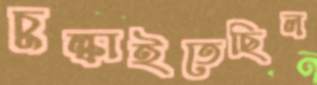
চুল্‌কাইতেছিল